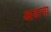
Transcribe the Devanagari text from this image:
आडाचा